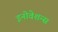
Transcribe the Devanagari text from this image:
इनोवेशन्स